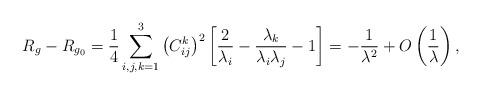
LaTeX: \begin{align*}R_g-R_{g_0}= \frac{1}{4} \sum_{i, j, k=1}^3 \big(C^k_{ij}\big)^2\left[ \frac{2}{\lambda_i}- \frac{\lambda_{k}}{\lambda_i\lambda_{j}} -1 \right]= -\frac{1}{\lambda^2} + O\left(\frac{1}{\lambda}\right),\end{align*}